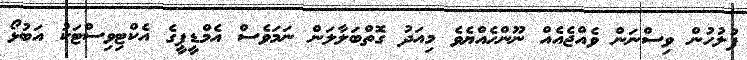
ފުލުހުން ވިސްނަން ވެއްޖެއެއް ނޫންހެއްޔެވެ މިއަދު ގޮތްބަލާލަން ނަމަވެސް އެމްޑީޕީގެ އެކްޓިވިސްޓަކު އަބުޅޯ